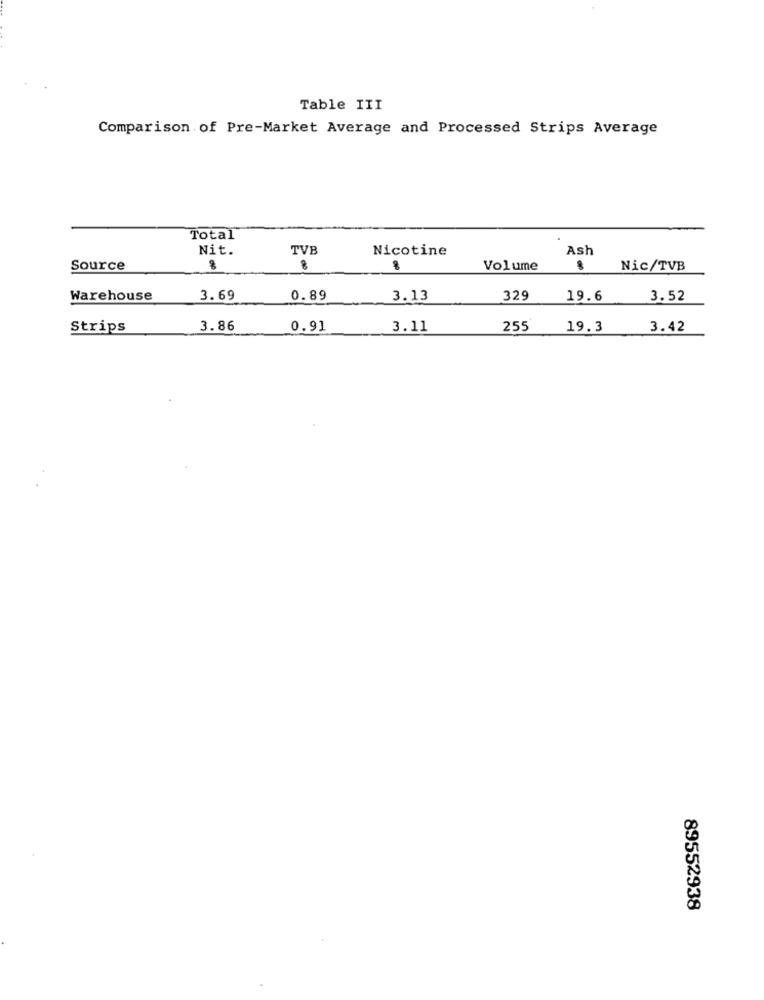
Table III
Comparison of Pre-Market Average and Processed Strips Average
Total
Nit.
TVB
Nicotine
Ash
Source
8
Volume
Nic/TVB
Warehouse
3.69
0.89
3.13
329
19.6
3.52
Strips
3.86
0.91
3.11
255
19.3
3.42
89552938